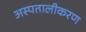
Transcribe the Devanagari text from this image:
अस्पतालीकरण